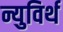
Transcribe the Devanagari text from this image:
न्युविर्थ